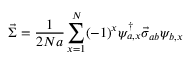
\vec { \Sigma } = \frac { 1 } { 2 N a } \sum _ { x = 1 } ^ { N } ( - 1 ) ^ { x } \psi _ { a , x } ^ { \dagger } \vec { \sigma } _ { a b } \psi _ { b , x }